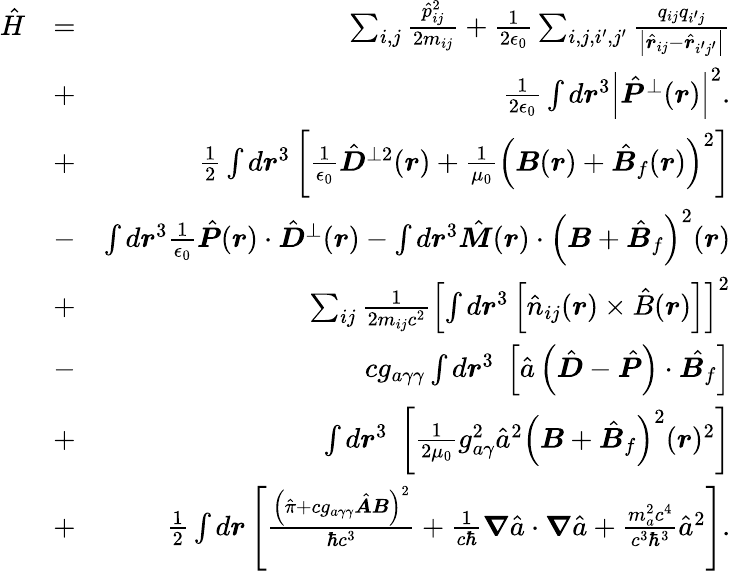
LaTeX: \begin{array}{rlr}{\hat{H}}&{=}&{\sum_{i,j}\frac{\hat{p}_{ij}^{2}}{2m_{ij}}+\frac{1}{2\epsilon_{0}}\sum_{i,j,i^{\prime},j^{\prime}}\frac{q_{ij}q_{i^{\prime}j}}{\left|\hat{\boldsymbol r}_{ij}-\hat{\boldsymbol r}_{i^{\prime}j^{\prime}}\right|}}\\ &{+}&{\frac{1}{2\epsilon_{0}}\int d\boldsymbol r^{3}\left|\hat{\boldsymbol P}^{\perp}(\boldsymbol r)\right|^{2}.}\\ &{+}&{\frac{1}{2}\int d\boldsymbol r^{3}\left[\frac{1}{\epsilon_{0}}\hat{\boldsymbol D}^{\perp 2}(\boldsymbol r)+\frac{1}{\mu_{0}}\left({\boldsymbol B}(\boldsymbol r)+\hat{\boldsymbol B}_{f}(\boldsymbol r)\right)^{2}\right]}\\ &{-}&{\int d\boldsymbol r^{3}\frac{1}{\epsilon_{0}}\hat{\boldsymbol P}(\boldsymbol r)\cdot\hat{\boldsymbol D}^{\perp}(\boldsymbol r)-\int d\boldsymbol r^{3}\hat{\boldsymbol M}(\boldsymbol r)\cdot\left({\boldsymbol B}+\hat{\boldsymbol B}_{f}\right)^{2}(\boldsymbol r)}\\ &{+}&{\sum_{ij}\frac{1}{2m_{ij}c^{2}}\left[\int d\boldsymbol r^{3}\left[\hat{n}_{ij}(\boldsymbol r)\times\hat{B}(\boldsymbol r)\right]\right]^{2}}\\ &{-}&{cg_{a\gamma\gamma}\int d\boldsymbol r^{3}\; \left[\hat{a}\left(\hat{\boldsymbol D}-\hat{\boldsymbol P}\right)\cdot\hat{\boldsymbol B_{f}}\right]}\\ &{+}&{\int d\boldsymbol r^{3}\; \left[\frac{1}{2\mu_{0}}g_{a\gamma}^{2}\hat{a}^{2}\left({\boldsymbol B}+\hat{\boldsymbol B}_{f}\right)^{2}(\boldsymbol r)^{2}\right]}\\ &{+}&{\frac{1}{2}\int d\boldsymbol r\left[\frac{\left(\hat{\pi}+cg_{a\gamma\gamma}\hat{\boldsymbol A}{\boldsymbol B}\right)^{2}}{\hbar c^{3}}+\frac{1}{c\hbar}\boldsymbol\nabla\hat{a}\cdot\boldsymbol\nabla\hat{a}+\frac{m_{a}^{2}c^{4}}{c^{3}\hbar^{3}}\hat{a}^{2}\right].}\end{array}